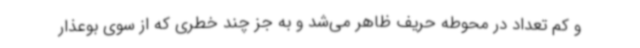
و کم تعداد در محوطه حریف ظاهر می‌شد و به جز چند خطری که از سوی بوعذار